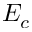
E _ { c }